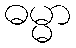
ဓမ္မာ